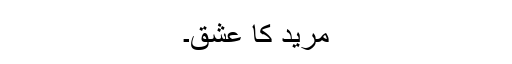
مرید کا عشق۔